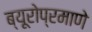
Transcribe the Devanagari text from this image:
ब्यूरोप्रमाणे